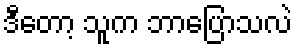
ဒီတော့ သူက ဘာပြောသလဲ